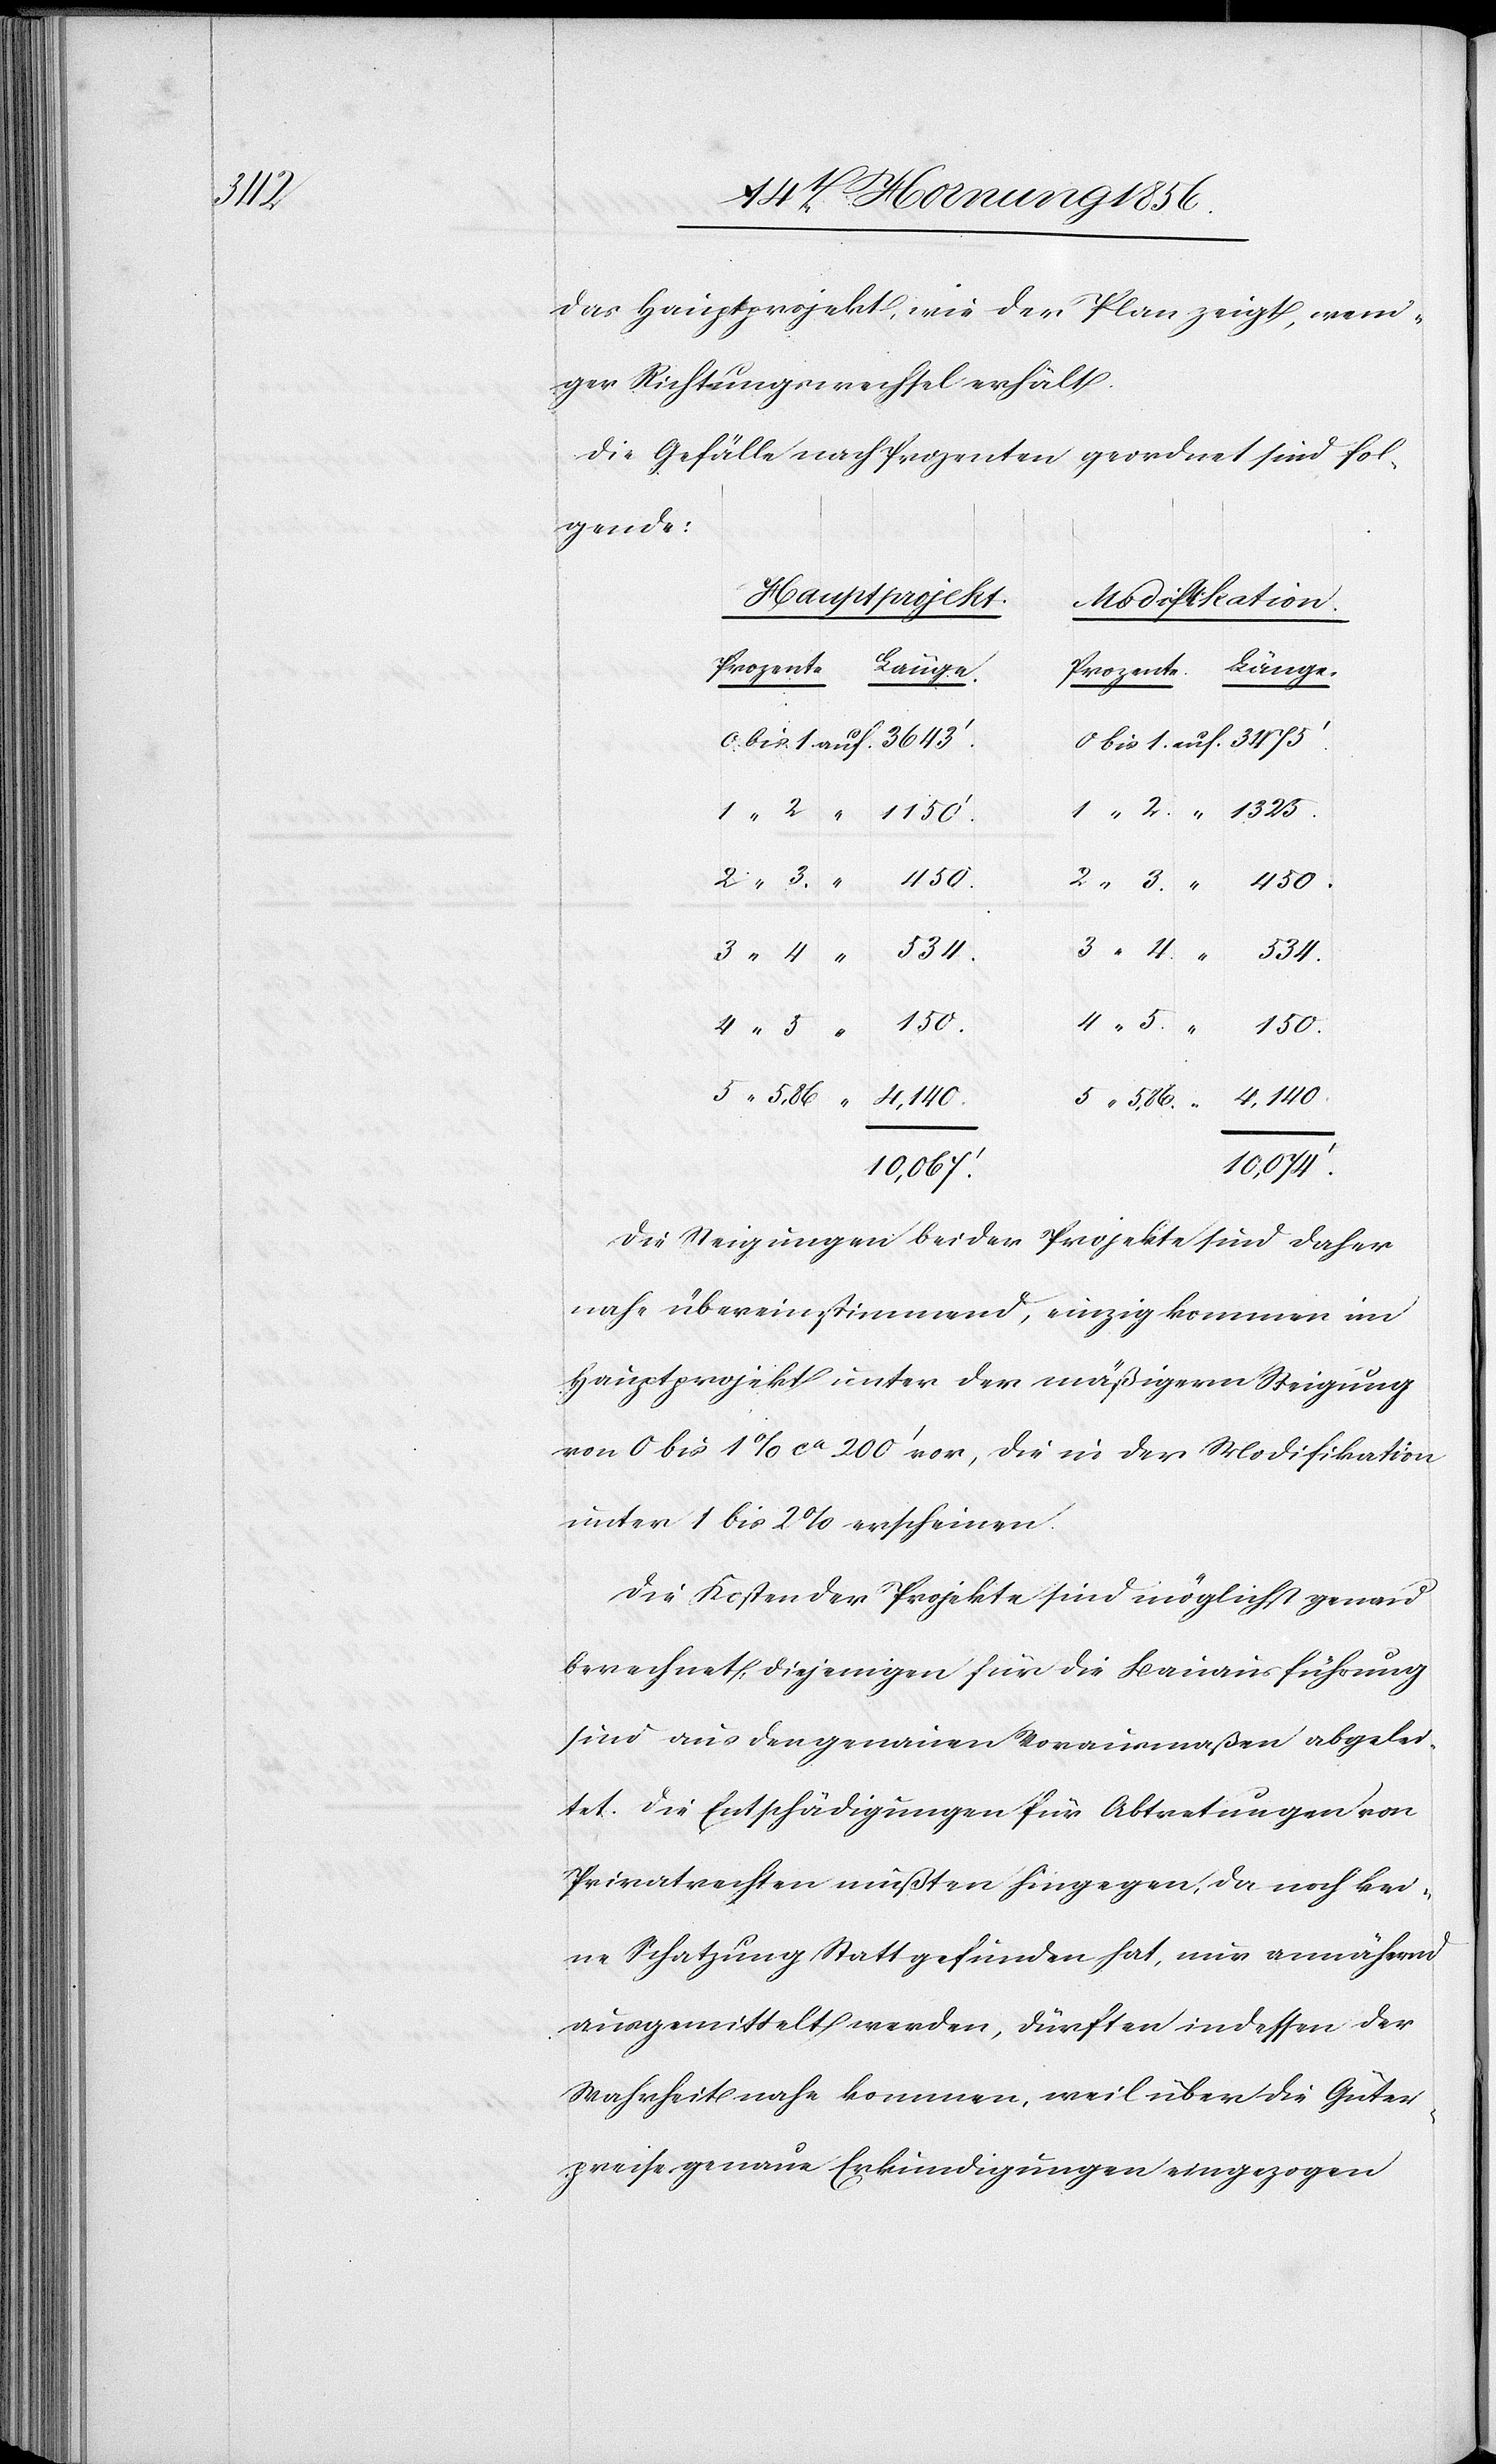
5,86.

das Hauptprojekt, wie der Plan zeigt, weni¬
ger Richtungswechsel erfüllt.
Die Gefälle nach Prozenten geordnet sind fol¬
gende:
Hauptprojekt
Modifikation.
150.
4,140.
10,074’.
Die Neigungen beider Projekte sind daher
nahe übereinstimmend, einzig kommen im
Hauptprojekt unter der mäßigern Steigung
von 0 bis 1% ca 200’ vor, die in der Modifikation
unter 1 bis 2% erscheinen.
Die Kosten der Projekte sind möglichst genau
berechnet, diejenigen für die Bauausführung
sind aus den genauen Vorausmaßen abgelei¬
tet. Die Entschädigungen für Abtretungen von
Privatrechten mußten hingegen, da noch kei¬
ne Schatzung Statt gefunden hat, nur annährend
ausgemittelt werden, dürften indessen der
Wahrheit nahe kommen, weil über die Güter¬
preise genaue Erkundigungen eingezogen